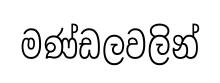
මණ්ඩලවලින්